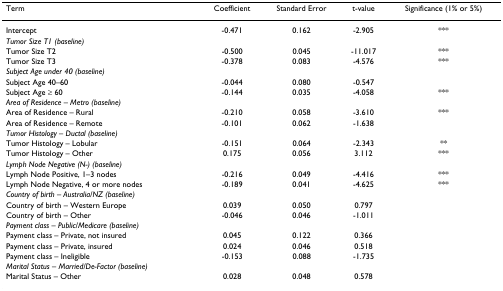
| Term | Coefficient | Standard Error | t-value | Significance (1% or 5%) |
 | --- | --- | --- | --- | --- |
 | Intercept | -0.471 | 0.162 | -2.905 | *** |
 | Tumor Size T1 (baseline) |  |  |  |  |
 | Tumor Size T2 | -0.500 | 0.045 | -11.017 | *** |
 | Tumor Size T3 | -0.378 | 0.083 | -4.576 | *** |
 | Subject Age under 40 (baseline) |  |  |  |  |
 | Subject Age 40–60 | -0.044 | 0.080 | -0.547 |  |
 | Subject Age ≥ 60 | -0.144 | 0.035 | -4.058 | *** |
 | Area of Residence – Metro (baseline) |  |  |  |  |
 | Area of Residence – Rural | -0.210 | 0.058 | -3.610 | *** |
 | Area of Residence – Remote | -0.101 | 0.062 | -1.638 |  |
 | Tumor Histology – Ductal (baseline) |  |  |  |  |
 | Tumor Histology – Lobular | -0.151 | 0.064 | -2.343 | ** |
 | Tumor Histology – Other | 0.175 | 0.056 | 3.112 | *** |
 | Lymph Node Negative (N-) (baseline) |  |  |  |  |
 | Lymph Node Positive, 1–3 nodes | -0.216 | 0.049 | -4.416 | *** |
 | Lymph Node Negative, 4 or more nodes | -0.189 | 0.041 | -4.625 | *** |
 | Country of birth – Australia/NZ (baseline) |  |  |  |  |
 | Country of birth – Western Europe | 0.039 | 0.050 | 0.797 |  |
 | Country of birth – Other | -0.046 | 0.046 | -1.011 |  |
 | Payment class – Public/Medicare (baseline) |  |  |  |  |
 | Payment class – Private, not insured | 0.045 | 0.122 | 0.366 |  |
 | Payment class – Private, insured | 0.024 | 0.046 | 0.518 |  |
 | Payment class – Ineligible | -0.153 | 0.088 | -1.735 |  |
 | Marital Status – Married/De-Factor (baseline) |  |  |  |  |
 | Marital Status – Other | 0.028 | 0.048 | 0.578 |  |